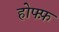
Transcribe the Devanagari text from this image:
होफ्फ़